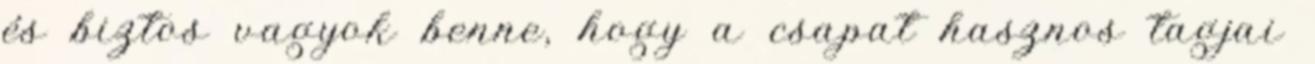
és biztos vagyok benne, hogy a csapat hasznos tagjai